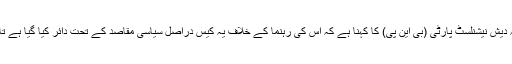
بنگلہ دیش کی اہم اپوزیشن جماعت بنگلہ دیش نیشنلسٹ پارٹی (بی این پی) کا کہنا ہے کہ اس کی رہنما کے خلاف یہ کیس دراصل سیاسی مقاصد کے تحت دائر کیا گیا ہے تاہم حکومت ان الزامات کو رد کرتی ہے۔